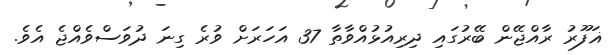
ޣަފޫރު ރާއްޖޭން ބޭރުގައި ދިރިއުޅުއްވާތާ 37 އަހަރަށް ވުރެ ގިނަ ދުވަސްވެއްޖެ އެވެ.